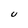
Character: U